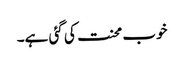
خوب محنت کی گئی ہے۔